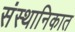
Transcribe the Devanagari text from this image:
संस्थानिकात